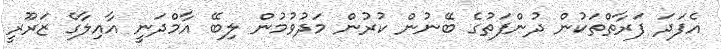
އެފަދަ ފަރާތްތަކުން ދުންފަތުގެ ބޭނުން ކުރުން މަދުވުމުން ލިބޭ އާމްދަނީ އާއިލާގެ ޒަރޫރީ